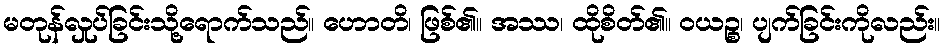
မတုန်လှုပ်ခြင်းသို့ရောက်သည်။ ဟောတိ၊ ဖြစ်၏။ အဿ၊ ထိုစိတ်၏။ ဝယဉ္စ၊ ပျက်ခြင်းကိုလည်း။